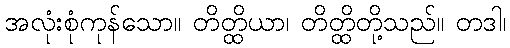
အလုံးစုံကုန်သော။ တိတ္ထိယာ၊ တိတ္ထိတို့သည်။ တဒါ၊